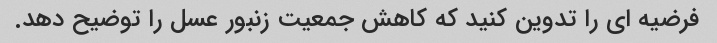
فرضیه ای را تدوین کنید که کاهش جمعیت زنبور عسل را توضیح دهد.